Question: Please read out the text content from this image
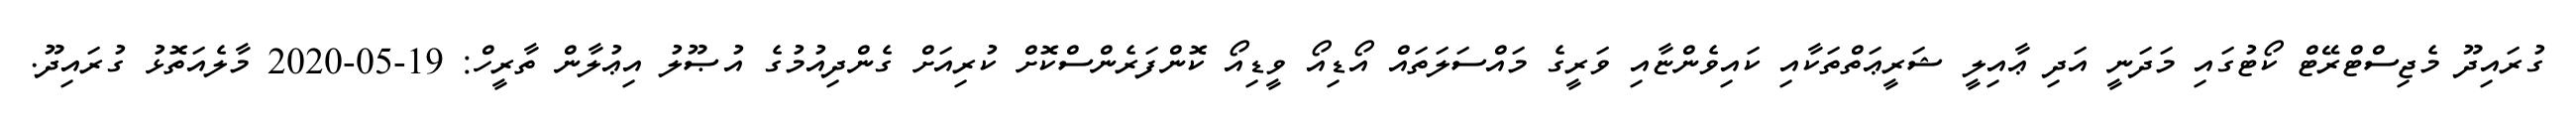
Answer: ގުރައިދޫ މެޖިސްޓްރޭޓް ކޯޓުގައި މަދަނީ އަދި ޢާއިލީ ޝަރީޢަތްތަކާއި ކައިވެންޏާއި ވަރީގެ މައްސަލަތައް އޯޑިއޯ ވީޑިއޯ ކޮންފަރެންސްކޮށް ކުރިއަށް ގެންދިއުމުގެ އުޞޫލު އިޢުލާން ތާރީހް: 19-05-2020 މާލެއަތޮޅު ގުރައިދޫ.